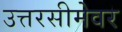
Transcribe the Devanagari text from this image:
उत्तरसीमेवर